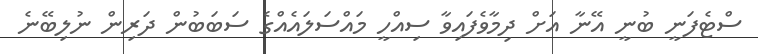
ސްޓެފަނީ ބުނީ އޭނާ އަށް ދިމާވެފައިވާ ސިއްހީ މައްސަލައެއްގެ ސަބަބުން ދަރިން ނުލިބޭނެ